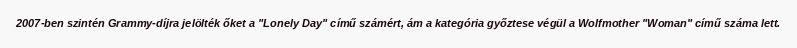
2007-ben szintén Grammy-díjra jelölték őket a "Lonely Day" című számért, ám a kategória győztese végül a Wolfmother "Woman" című száma lett.